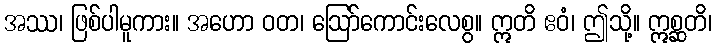
အဿ၊ ဖြစ်ပါမူကား။ အဟော ဝတ၊ ဩော်ကောင်းလေစွ။ ဣတိ ဧဝံ၊ ဤသို့။ ဣစ္ဆတိ၊